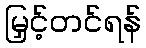
မြှင့်တင်ရန်